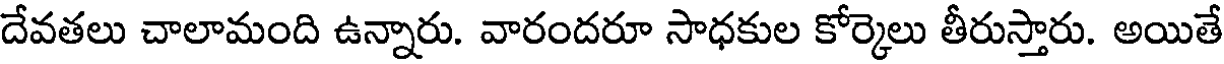
దేవతలు చాలామంది ఉన్నారు. వారందరూ సాధకుల కోర్కెలు తీరుస్తారు. అయితే